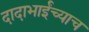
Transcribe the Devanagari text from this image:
दादाभाईंच्याच